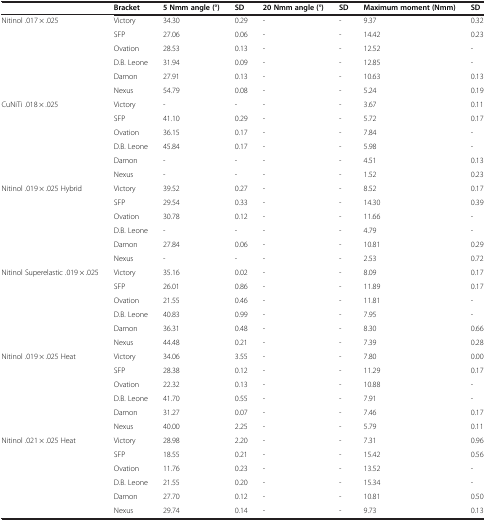
<table><thead><tr><td></td><td><b>Bracket</b></td><td><b>5 Nmm angle (°)</b></td><td><b>SD</b></td><td><b>20 Nmm angle (°)</b></td><td><b>SD</b></td><td><b>Maximum moment (Nmm)</b></td><td><b>SD</b></td></tr></thead><tbody><tr><td rowspan="6">Nitinol .017 × .025</td><td>Victory</td><td>34.30</td><td>0.29</td><td>-</td><td>-</td><td>9.37</td><td>0.32</td></tr><tr><td>SFP</td><td>27.06</td><td>0.06</td><td>-</td><td>-</td><td>14.42</td><td>0.23</td></tr><tr><td>Ovation</td><td>28.53</td><td>0.13</td><td>-</td><td>-</td><td>12.52</td><td>-</td></tr><tr><td>D.B. Leone</td><td>31.94</td><td>0.09</td><td>-</td><td>-</td><td>12.85</td><td>-</td></tr><tr><td>Damon</td><td>27.91</td><td>0.13</td><td>-</td><td>-</td><td>10.63</td><td>0.13</td></tr><tr><td>Nexus</td><td>54.79</td><td>0.08</td><td>-</td><td>-</td><td>5.24</td><td>0.19</td></tr><tr><td rowspan="6">CuNiTi .018 × .025</td><td>Victory</td><td>-</td><td>-</td><td>-</td><td>-</td><td>3.67</td><td>0.11</td></tr><tr><td>SFP</td><td>41.10</td><td>0.29</td><td>-</td><td>-</td><td>5.72</td><td>0.17</td></tr><tr><td>Ovation</td><td>36.15</td><td>0.17</td><td>-</td><td>-</td><td>7.84</td><td>-</td></tr><tr><td>D.B. Leone</td><td>45.84</td><td>0.17</td><td>-</td><td>-</td><td>5.98</td><td>-</td></tr><tr><td>Damon</td><td>-</td><td>-</td><td>-</td><td>-</td><td>4.51</td><td>0.13</td></tr><tr><td>Nexus</td><td>-</td><td>-</td><td>-</td><td>-</td><td>1.52</td><td>0.23</td></tr><tr><td rowspan="6">Nitinol .019 × .025 Hybrid</td><td>Victory</td><td>39.52</td><td>0.27</td><td>-</td><td>-</td><td>8.52</td><td>0.17</td></tr><tr><td>SFP</td><td>29.54</td><td>0.33</td><td>-</td><td>-</td><td>14.30</td><td>0.39</td></tr><tr><td>Ovation</td><td>30.78</td><td>0.12</td><td>-</td><td>-</td><td>11.66</td><td>-</td></tr><tr><td>D.B. Leone</td><td>-</td><td>-</td><td>-</td><td>-</td><td>4.79</td><td>-</td></tr><tr><td>Damon</td><td>27.84</td><td>0.06</td><td>-</td><td>-</td><td>10.81</td><td>0.29</td></tr><tr><td>Nexus</td><td>-</td><td>-</td><td>-</td><td>-</td><td>2.53</td><td>0.72</td></tr><tr><td rowspan="6">Nitinol Superelastic .019 × .025</td><td>Victory</td><td>35.16</td><td>0.02</td><td>-</td><td>-</td><td>8.09</td><td>0.17</td></tr><tr><td>SFP</td><td>26.01</td><td>0.86</td><td>-</td><td>-</td><td>11.89</td><td>0.17</td></tr><tr><td>Ovation</td><td>21.55</td><td>0.46</td><td>-</td><td>-</td><td>11.81</td><td>-</td></tr><tr><td>D.B. Leone</td><td>40.83</td><td>0.99</td><td>-</td><td>-</td><td>7.95</td><td>-</td></tr><tr><td>Damon</td><td>36.31</td><td>0.48</td><td>-</td><td>-</td><td>8.30</td><td>0.66</td></tr><tr><td>Nexus</td><td>44.48</td><td>0.21</td><td>-</td><td>-</td><td>7.39</td><td>0.28</td></tr><tr><td rowspan="6">Nitinol .019 × .025 Heat</td><td>Victory</td><td>34.06</td><td>3.55</td><td>-</td><td>-</td><td>7.80</td><td>0.00</td></tr><tr><td>SFP</td><td>28.38</td><td>0.12</td><td>-</td><td>-</td><td>11.29</td><td>0.17</td></tr><tr><td>Ovation</td><td>22.32</td><td>0.13</td><td>-</td><td>-</td><td>10.88</td><td>-</td></tr><tr><td>D.B. Leone</td><td>41.70</td><td>0.55</td><td>-</td><td>-</td><td>7.91</td><td>-</td></tr><tr><td>Damon</td><td>31.27</td><td>0.07</td><td>-</td><td>-</td><td>7.46</td><td>0.17</td></tr><tr><td>Nexus</td><td>40.00</td><td>2.25</td><td>-</td><td>-</td><td>5.79</td><td>0.11</td></tr><tr><td rowspan="6">Nitinol .021 × .025 Heat</td><td>Victory</td><td>28.98</td><td>2.20</td><td>-</td><td>-</td><td>7.31</td><td>0.96</td></tr><tr><td>SFP</td><td>18.55</td><td>0.21</td><td>-</td><td>-</td><td>15.42</td><td>0.56</td></tr><tr><td>Ovation</td><td>11.76</td><td>0.23</td><td>-</td><td>-</td><td>13.52</td><td>-</td></tr><tr><td>D.B. Leone</td><td>21.55</td><td>0.20</td><td>-</td><td>-</td><td>15.34</td><td>-</td></tr><tr><td>Damon</td><td>27.70</td><td>0.12</td><td>-</td><td>-</td><td>10.81</td><td>0.50</td></tr><tr><td>Nexus</td><td>29.74</td><td>0.14</td><td>-</td><td>-</td><td>9.73</td><td>0.13</td></tr></tbody></table>